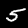
Label: 5